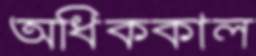
অধিককাল